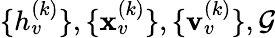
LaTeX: \{ h_{v}^{(k)}\} ,\{ \mathbf{x}_{v}^{(k)}\} ,\{ \mathbf{v}_{v}^{(k)}\} ,\mathcal{G}